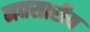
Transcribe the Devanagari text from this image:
मद्यसारीय